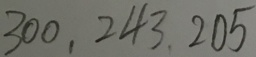
3 0 0 , 2 4 3 , 2 0 5